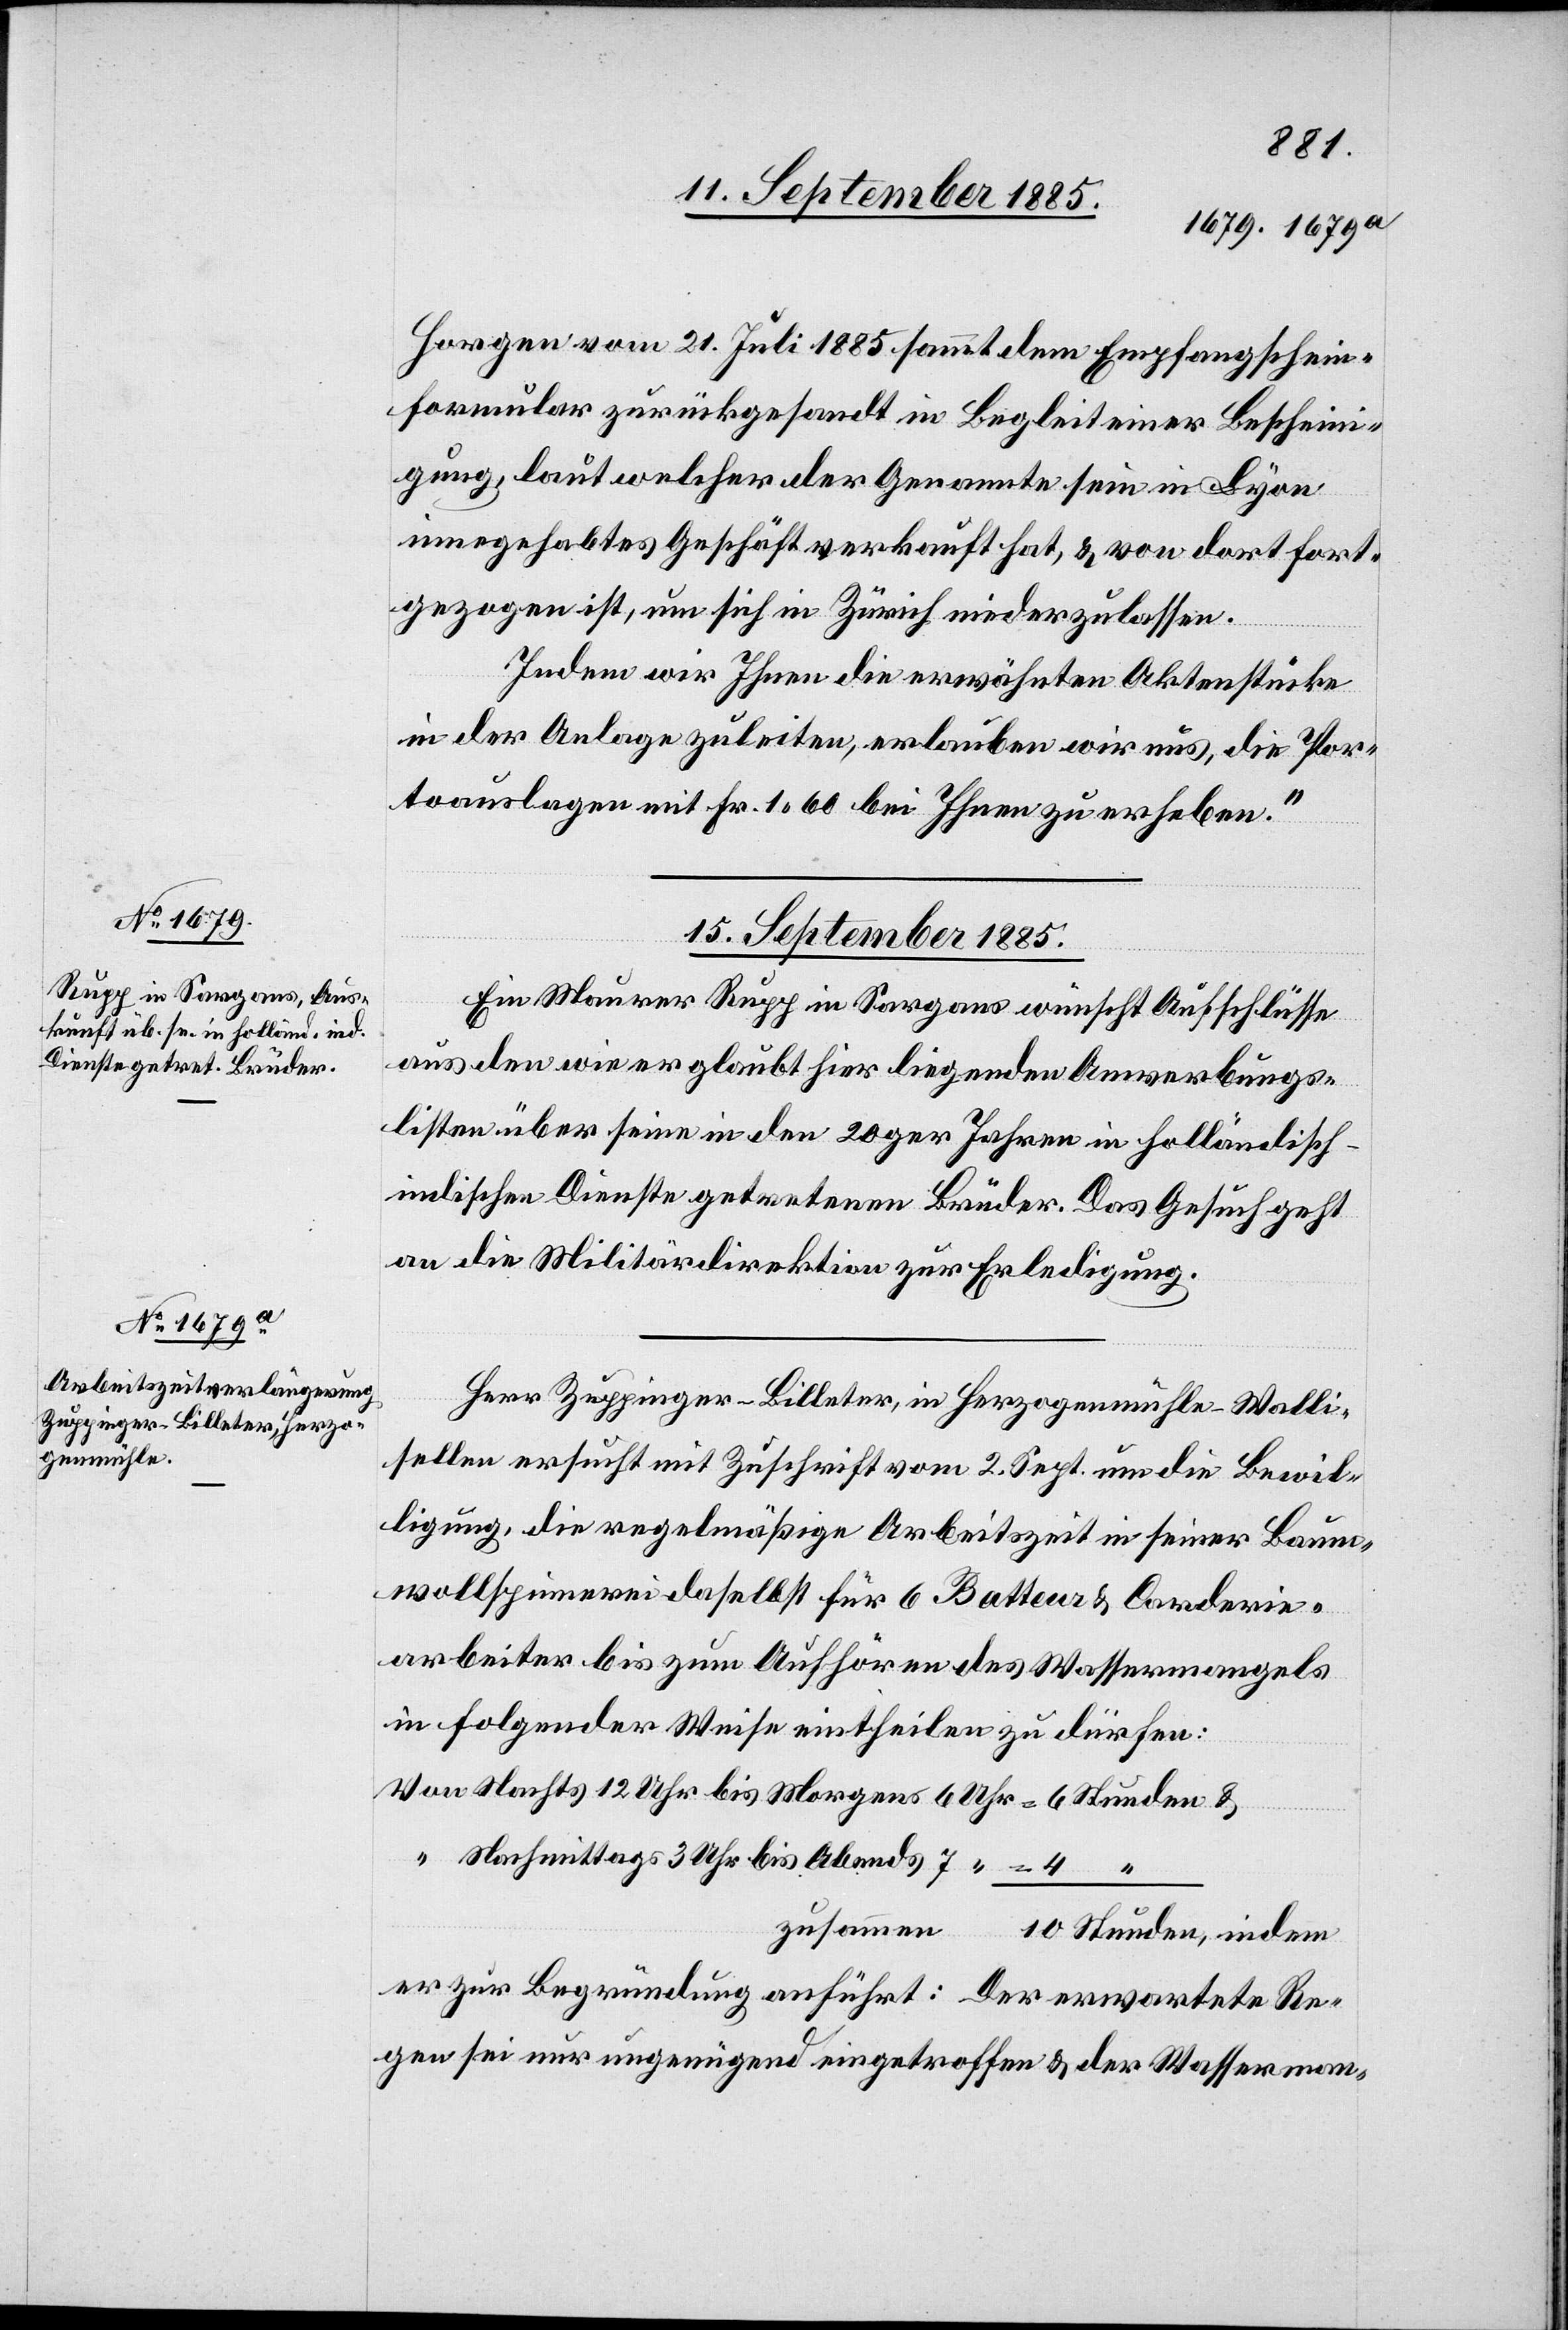
Horgen vom 21. Juli 1885 sammt dem Empfangschein¬
formular zurückgesandt in Begleit einer Bescheini¬
gung, laut welcher der Genannte sein in Lyon
innegehabtes Geschäft verkauft hat, & von dort fort¬
gezogen ist, um sich in Zürich niederzulassen.
Von
15. September 1885.]
Ein Maurer Rupp in Sargans wünscht Aufschlüsse
aus den wie er glaubt hier liegenden Anwerbungs¬
listen über seine in den 20ger [sic!] Jahren in holländisch-i¬
ndischen Dienste getretenen Brüder. Das Gesuch geht
an die Militärdirektion zur Erledigung.
Herr Zuppinger-Billeter, in Herzogenmühle - Walli¬
sellen ersucht mit Zuschrift vom 2. Sept. um die Bewil¬
ligung, die regelmäßige Arbeitszeit in seiner Baum¬
wollspinnerei daselbst für 6 Batteur[-] & Carderie¬
arbeiter bis zum Aufhören des Wassermangels
in folgender Weise eintheilen zu dürfen:
Nachmittags 3 Uhr bis Abends 7
4
er zur Begründung anführt: Der erwartete Re¬
gen sei nur ungenügend eingetroffen & der Wasserman-